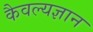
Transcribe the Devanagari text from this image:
कैवल्यज्ञान